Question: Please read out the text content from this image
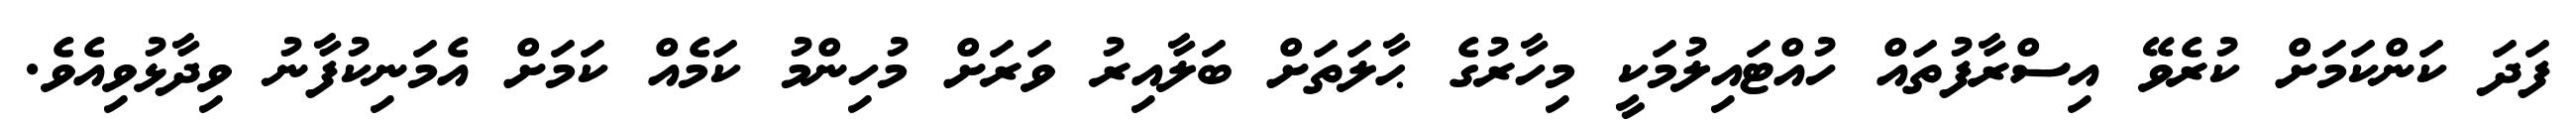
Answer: ފަދަ ކަންކަމަށް ކުރެވޭ އިސްރާފުތައް ހުއްޓައިލުމަކީ މިހާރުގެ ޙާލަތަށް ބަލާއިރު ވަރަށް މުހިންމު ކަމެއް ކަމަށް އެމަނިކުފާނު ވިދާޅުވިއެވެ.